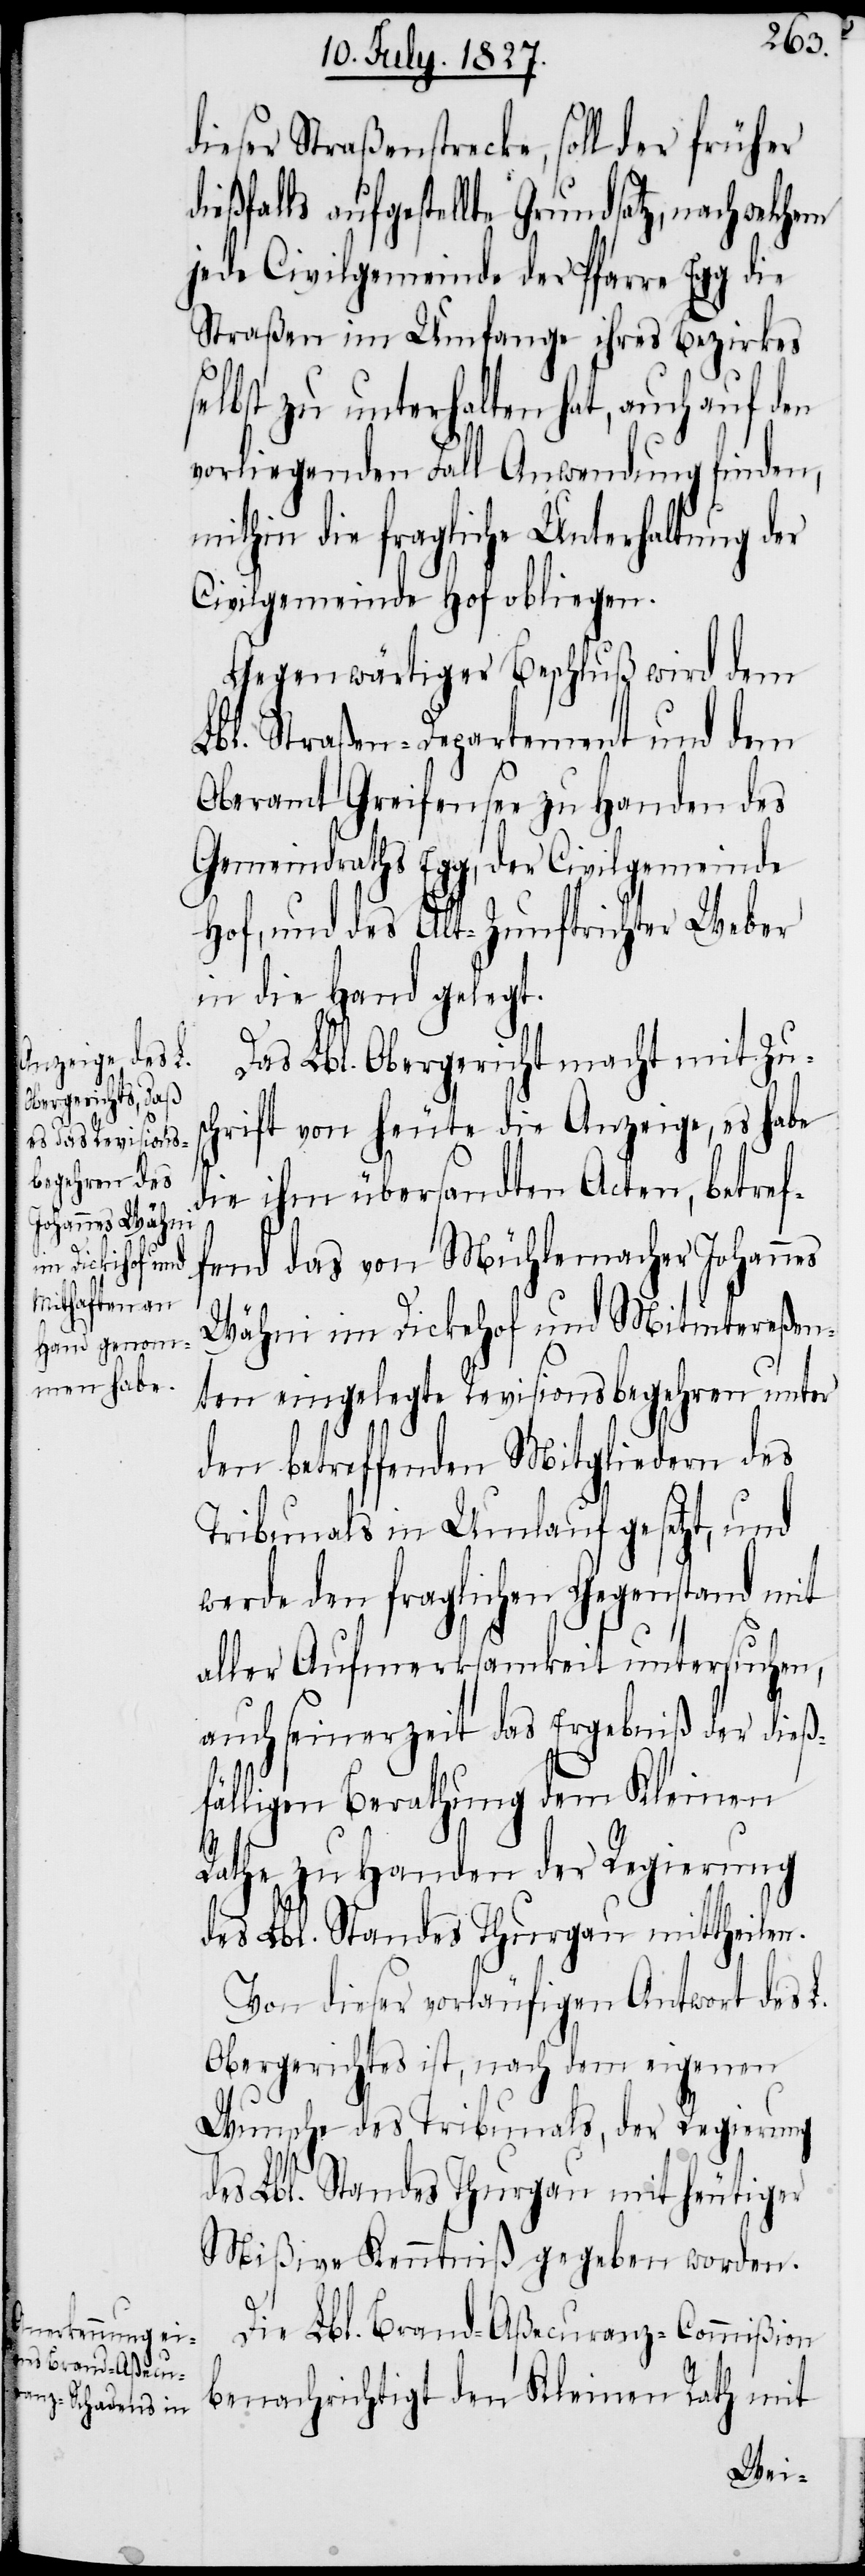
dieser Straßenstrecke, soll der früher
ießfalls aufgestellte Grundsatz, nach welch¬
jede Civilgemeinde der Pfarre Egg die
Straßen im Umfange ihres Bezirkes
selbst zu unterhalten hat, auch auf den
vorliegenden Fall Anwendung finden,
mithin die fragliche Unterhaltung der
Civilgemeinde Hof obliegen.
Gegenwärtiger Beschluß wird dem
Lbl. Straßen-Departement und dem
Oberamt Greifensee zu Handen des
Gemeindraths Egg, der Civilgemeinde
Hof, und des Alt-Zunftrichter Weber
in die Hand gelegt.
Das Lbl. Obergericht macht mit Zus¬
chrift von heute die Anzeige, es habe
die ihm übersandten Acten, betref¬
fend das von Mühlemacher Johanes
Wähni im Dickehof und Mitintereßen¬
ten eingelegte Revisionsbegehren unter
den betreffenden Mitgliedern des
Tribunals in Umlauf gesetzt, und
werde den fraglichen Gegenstand mit
aller Aufmerksamkeit untersuchen,
auch seinerzeit das Ergebniß der dieß¬
fälligen Berathung dem Kleinen
Rathe zu Handen der Regierung
des Lbl. Standes Thurgau mittheilen.
Von dieser vorläufigen Antwort des Lb.
Obergerichtes ist, nach dem eigenen
Wunsche des Tribunals, der Regierung
des Lbl. Standes Thurgau mit heutiger
Mißive Kenntniß gegeben worden.
em
Die Lbl. Brand-Aßecuranz-Commißion
benachrichtigt den Kleinen Rath mit